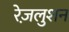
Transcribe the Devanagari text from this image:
रेज़लुशन